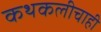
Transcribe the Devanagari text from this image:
कथकलीचाही